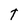
Character: t